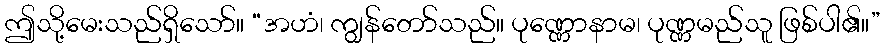
ဤသို့မေးသည်ရှိသော်။ “အဟံ၊ ကျွန်တော်သည်။ ပုဏ္ဏောနာမ၊ ပုဏ္ဏမည်သူ ဖြစ်ပါ၏။”